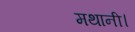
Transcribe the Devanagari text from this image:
मथानी।